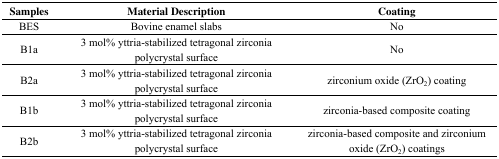
<table><thead><tr><td><b>Samples</b></td><td><b>Material Description</b></td><td><b>Coating</b></td></tr></thead><tbody><tr><td>BES</td><td>Bovine enamel slabs</td><td>No</td></tr><tr><td>B1a</td><td>3 mol% yttria-stabilized tetragonal zirconia polycrystal surface</td><td>No</td></tr><tr><td>B2a</td><td>3 mol% yttria-stabilized tetragonal zirconia polycrystal surface</td><td>zirconium oxide (ZrO<sub>2</sub>) coating</td></tr><tr><td>B1b</td><td>3 mol% yttria-stabilized tetragonal zirconia polycrystal surface </td><td>zirconia-based composite coating</td></tr><tr><td>B2b</td><td>3 mol% yttria-stabilized tetragonal zirconia polycrystal surface </td><td>zirconia-based composite and zirconium oxide (ZrO<sub>2</sub>) coatings</td></tr></tbody></table>